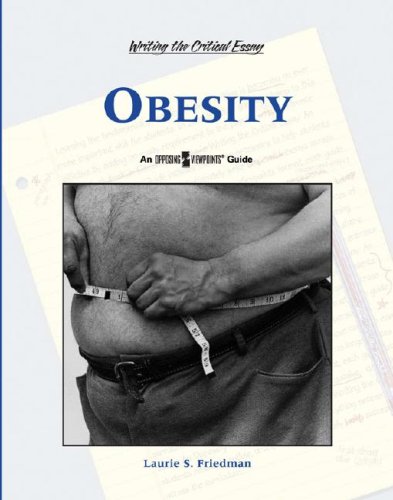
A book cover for Obesity (Writing the Critical Essay: An Opposing Viewpoints Guide); Lauri S. Friedman; Teen & Young Adult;